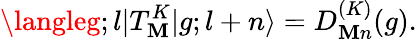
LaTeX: \langleg;l|T_{\mathbf{M}}^{K}|g;l+n\rangle=D_{\mathbf{M}n}^{(K)}(g).